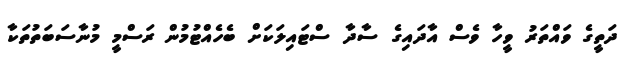
ދަތީގެ ވައްތަރު ވީހާ ވެސް އާދައިގެ ސާދާ ސްޓައިލަކަށް ބެހެއްޓުމުން ރަސްމީ މުނާސަބަތުތަކާ